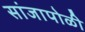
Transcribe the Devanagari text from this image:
सांजापोळी